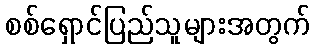
စစ်ရှောင်ပြည်သူများအတွက်